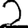
Digit: 2